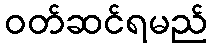
ဝတ်ဆင်ရမည်